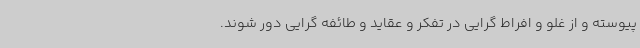
پیوسته و از غلو و افراط گرایی در تفکر و عقاید و طائفه گرایی دور شوند.